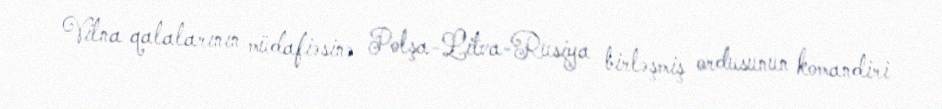
Vilna qalalarının müdafiəsinə Polşa-Litva-Rusiya birləşmiş ordusunun komandiri